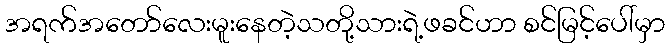
အရက်အတော်လေးမူးနေတဲ့သတို့သားရဲ့ဖခင်ဟာ စင်မြင့်ပေါ်မှာ